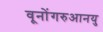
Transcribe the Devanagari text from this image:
वूनोंगरुआनयु